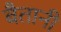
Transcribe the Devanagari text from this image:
बैतानी